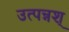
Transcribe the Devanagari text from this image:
उत्पन्नश्